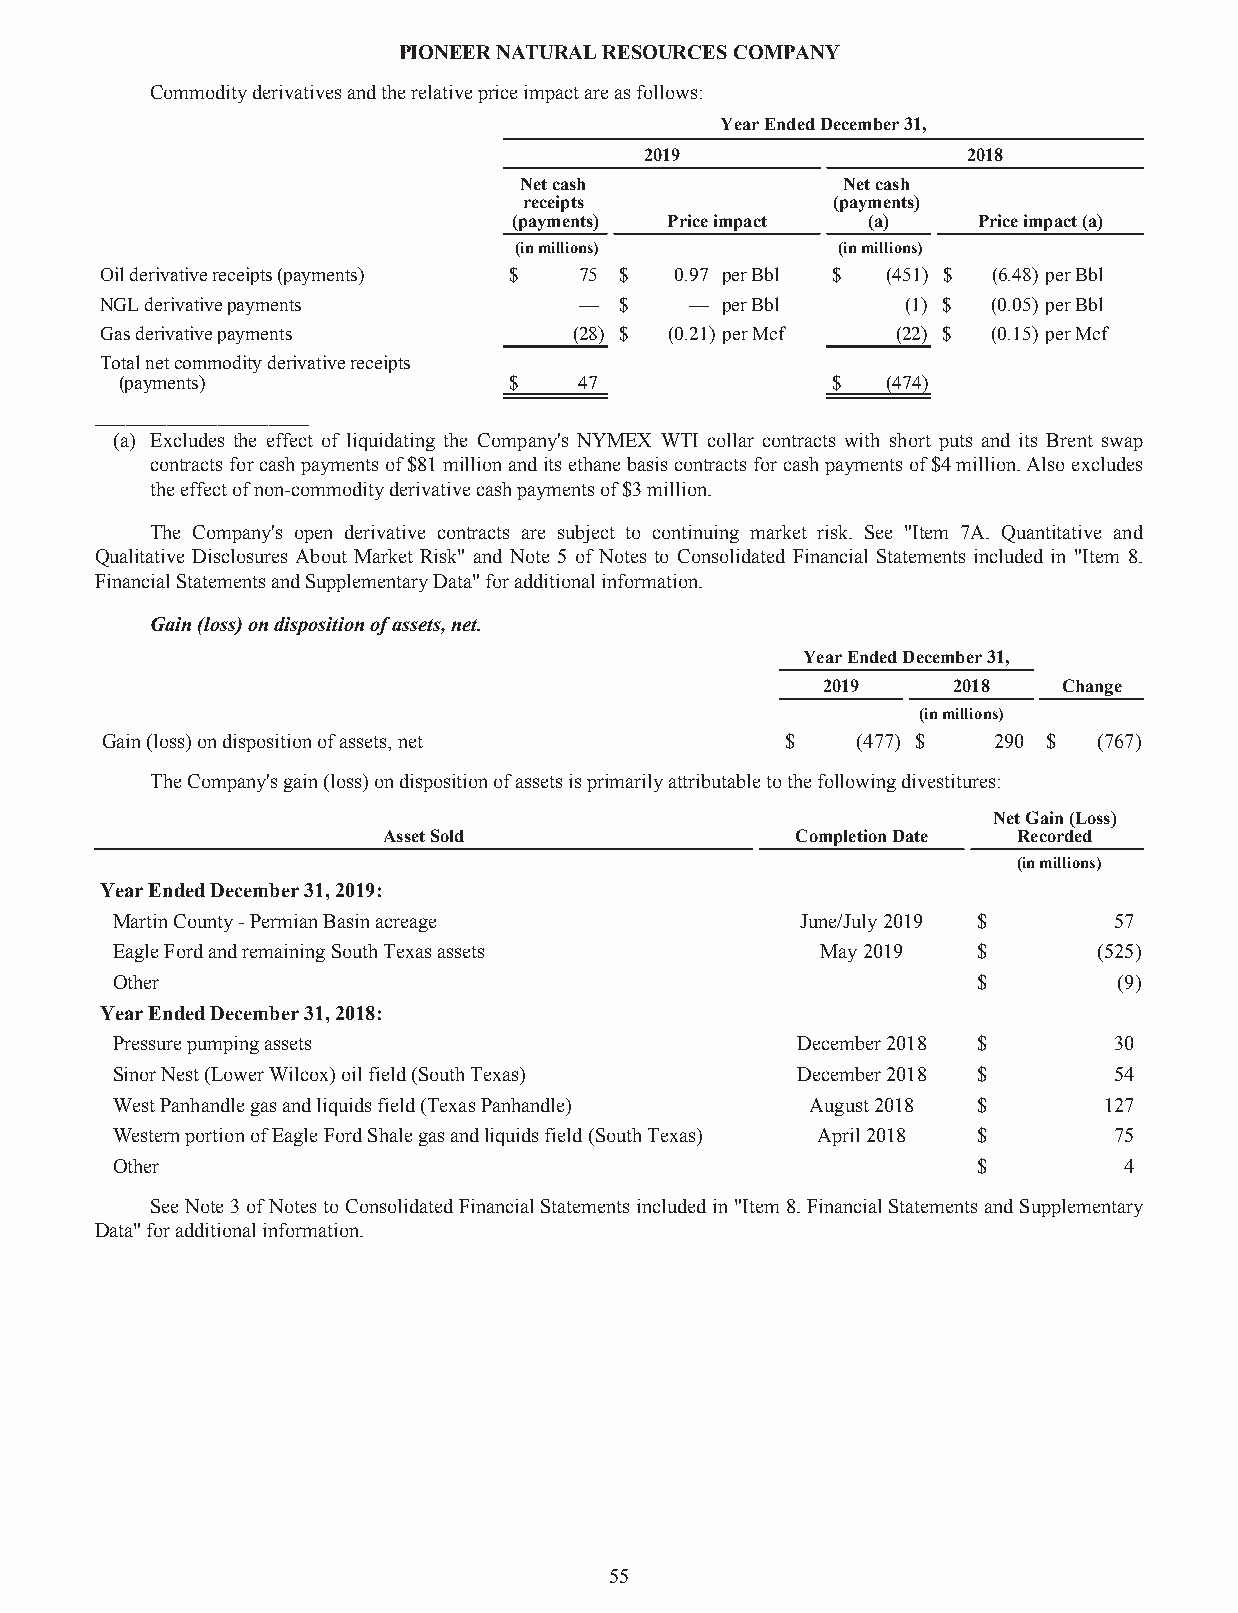
PIONEERNATURALRESOURCESCOMPANY
 Commodityderivativesandtherelativepriceimpactareasfollows:
 YearEndedDecember31,
 2019                 2018
 Netcash               Netcash
 receipts            (payments)
 (payments) Priceimpact (a)     Priceimpact(a)
 (inmillions)          (inmillions)
 Oilderivativereceipts(payments) $ 75 $ 0.97 perBbl $ (451) $ (6.48) perBbl
 NGLderivativepayments          —  $    — perBbl      (1) $ (0.05) perBbl
 Gasderivativepayments          (28) $ (0.21) perMcf (22) $ (0.15) perMcf
 Totalnetcommodityderivativereceipts
 (payments)                $   47               $   (474)
 _____________________
 (a) Excludes the effect of liquidating the Company's NYMEX WTI collar contracts with short puts and its Brent swap
 contractsforcashpaymentsof$81millionanditsethanebasiscontractsforcashpaymentsof$4million.Alsoexcludes
 theeffectofnon-commodityderivativecashpaymentsof$3million.
 The Company's open derivative contracts are subject to continuing market risk. See "Item 7A. Quantitative and
 Qualitative Disclosures About Market Risk" and Note 5 of Notes to Consolidated Financial Statements included in "Item 8.
 FinancialStatementsandSupplementaryData"foradditionalinformation.
 Gain(loss)ondispositionofassets,net.
 YearEndedDecember31,
 2019     2018   Change
 (inmillions)
 Gain(loss)ondispositionofassets,net          $    (477) $  290 $  (767)
 TheCompany'sgain(loss)ondispositionofassetsisprimarilyattributabletothefollowingdivestitures:
 NetGain(Loss)
 AssetSold                   CompletionDate Recorded
 (inmillions)
 YearEndedDecember31,2019:
 MartinCounty-PermianBasinacreage              June/July2019 $      57
 EagleFordandremainingSouthTexasassets          May2019    $       (525)
 Other                                                     $        (9)
 YearEndedDecember31,2018:
 Pressurepumpingassets                         December2018 $       30
 SinorNest(LowerWilcox)oilfield(SouthTexas)    December2018 $       54
 WestPanhandlegasandliquidsfield(TexasPanhandle) August2018 $      127
 WesternportionofEagleFordShalegasandliquidsfield(SouthTexas) April2018 $ 75
 Other                                                     $        4
 SeeNote3ofNotestoConsolidatedFinancialStatementsincludedin"Item8.FinancialStatementsandSupplementary
 Data"foradditionalinformation.
 55